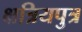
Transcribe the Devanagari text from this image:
क्षत्रियपुत्र